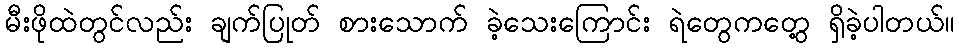
မီးဖိုထဲတွင်လည်း ချက်ပြုတ် စားသောက် ခဲ့သေးကြောင်း ရဲတွေကတွေ့ ရှိခဲ့ပါတယ်။